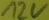
Text: 12V